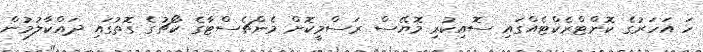
ހަ އަހަރުގެ ކޮންޓްރެކްޓެއްގައި ސޮއިކުރި މޮޔޭސް ރަސްމީކޮށް މެންޗެސްޓާގެ ކޯޗުގެ ގޮތުގައި ދައްކާލުމުން